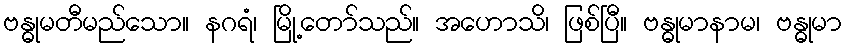
ဗန္ဓုမတီမည်သော။ နဂရံ၊ မြို့တော်သည်။ အဟောသိ၊ ဖြစ်ပြီ။ ဗန္ဓုမာနာမ၊ ဗန္ဓုမာ